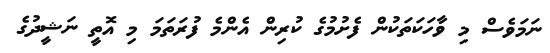
ނަމަވެސް މި ވާހަކަތަކުން ފެށުމުގެ ކުރިން އެންމެ ފުރަތަމަ މި އޮތީ ނަޝީދުގެ